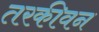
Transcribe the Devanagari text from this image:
तरकीवन